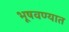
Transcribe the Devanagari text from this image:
भूषवण्यात